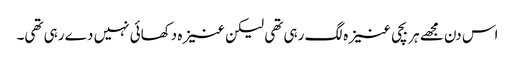
اس دن مجھے ہر بچی عنیزہ لگ رہی تھی لیکن عنیزہ دکھائی نہیں دے رہی تھی۔